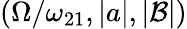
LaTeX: \left(\Omega/\omega_{21},|a|,|\mathcal{B}|\right)